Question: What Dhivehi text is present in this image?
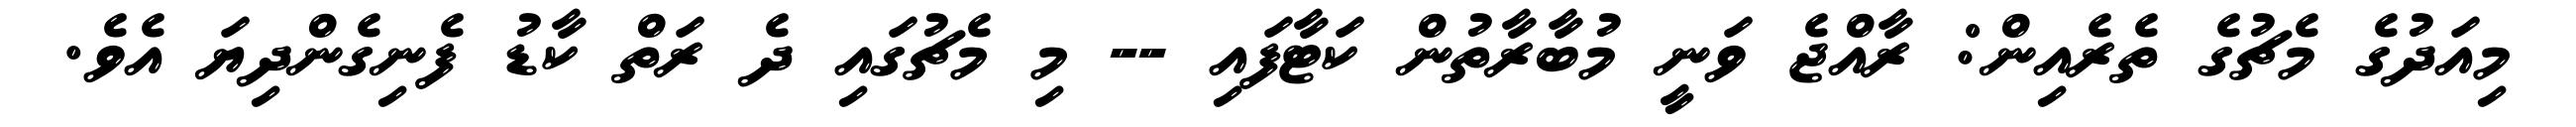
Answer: މިއަދުގެ މެޗުގެ ތެރެއިން: ރާއްޖެ ވަނީ މުބާރާތުން ކަޓާފައި -- މި މެޗުގައި ދެ ރަތް ކާޑު ފެނިގެންދިޔަ އެވެ.